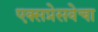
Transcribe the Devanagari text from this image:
एक्सप्रेसवेचा